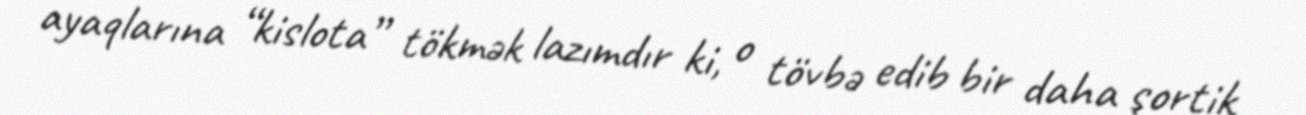
ayaqlarına “kislota” tökmək lazımdır ki, o tövbə edib bir daha şortik